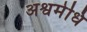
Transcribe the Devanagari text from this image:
अश्वमेधि